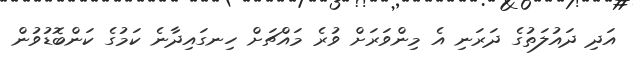
އަދި ދައުލަތުގެ ދަރަނި އެ މިންވަރަށް ވުރެ މައްޗަށް ހިނގައިދާނެ ކަމުގެ ކަންބޮޑުވުން